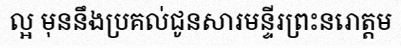
ល្អ មុននឹងប្រគល់ជូនសារមន្ទីរព្រះនរោត្តម